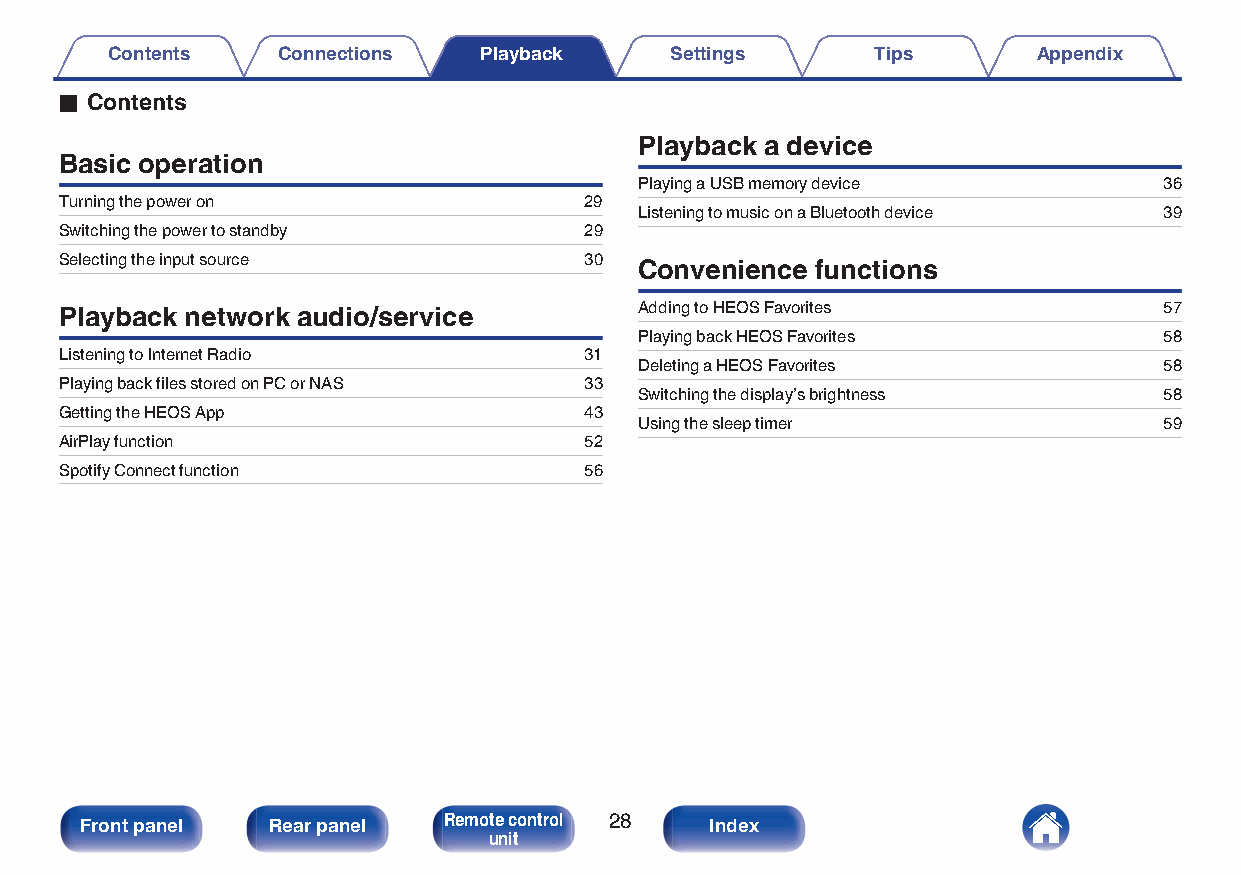
Contents   Connections   Playback    Settings      Tips       Appendix
 o Contents
 Playback a device
 Basic operation
 Playing a USB memory device        36
 Turning the power on               29
 Listening to music on a Bluetooth device 39
 Switching the power to standby     29
 Selecting the input source         30
 Convenience functions
 Playback network audio/service        Adding to HEOS Favorites           57
 Playing back HEOS Favorites        58
 Listening to Internet Radio        31
 Deleting a HEOS Favorites          58
 Playing back files stored on PC or NAS 33
 Switching the display’s brightness 58
 Getting the HEOS App               43
 Using the sleep timer              59
 AirPlay function                   52
 Spotify Connect function           56
 Front panel  Rear panel Remote control 28 Index
 unit